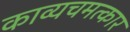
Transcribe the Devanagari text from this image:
काव्यचमत्कार